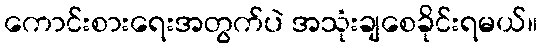
ကောင်းစားရေးအတွက်ပဲ အသုံးချစေခိုင်းရမယ်။